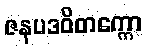
ဇနပဒဝိတက္ကော